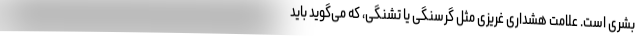
بشری است. علامت هشداری غریزی مثل گرسنگی یا تشنگی، که می‌گوید باید